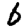
Digit: 6